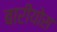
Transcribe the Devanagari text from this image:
बारीयोस